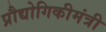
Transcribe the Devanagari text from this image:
प्रौद्योगिकीमंत्री